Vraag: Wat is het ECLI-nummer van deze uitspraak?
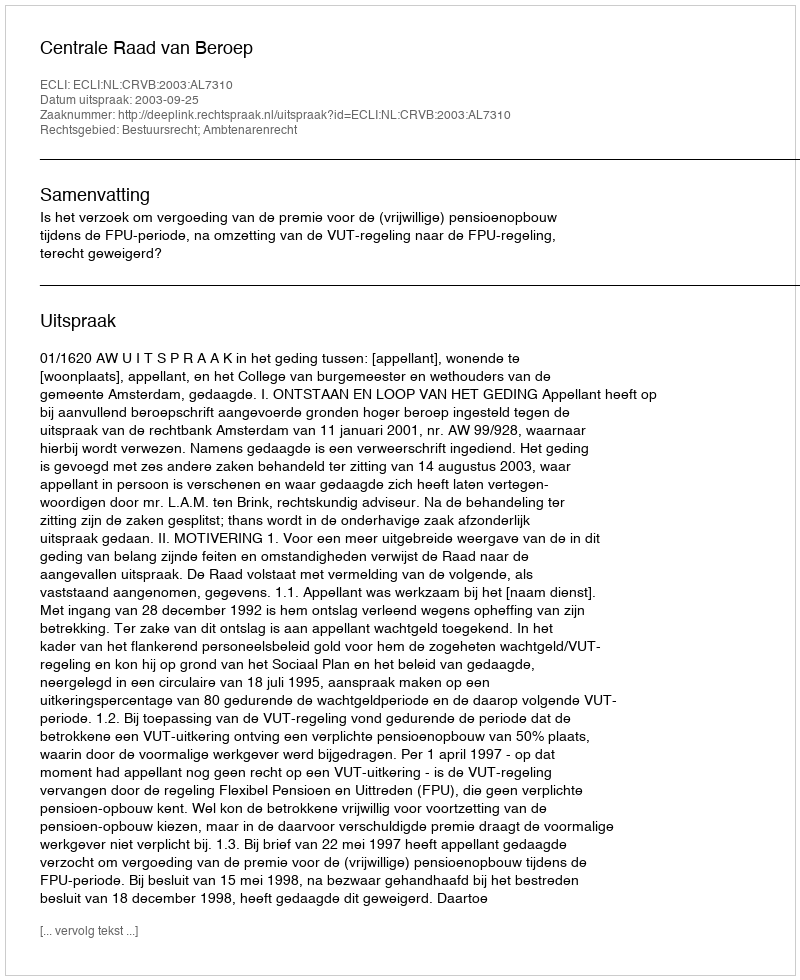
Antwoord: ECLI:NL:CRVB:2003:AL7310